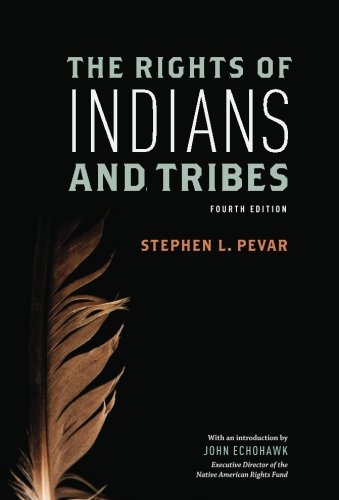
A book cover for The Rights of Indians and Tribes; Stephen L. Pevar; Law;